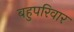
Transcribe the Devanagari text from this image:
बहुपरिवार